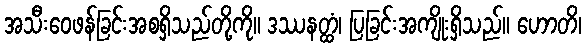
အသီးဝေဖန်ခြင်းအစရှိသည်တို့ကို။ ဒဿနတ္ထံ၊ ပြခြင်းအကျိုးရှိသည်။ ဟောတိ၊